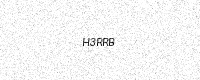
Text: H3RRB